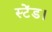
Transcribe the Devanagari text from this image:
स्टेंड।